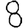
Digit: 8